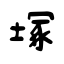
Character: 塚